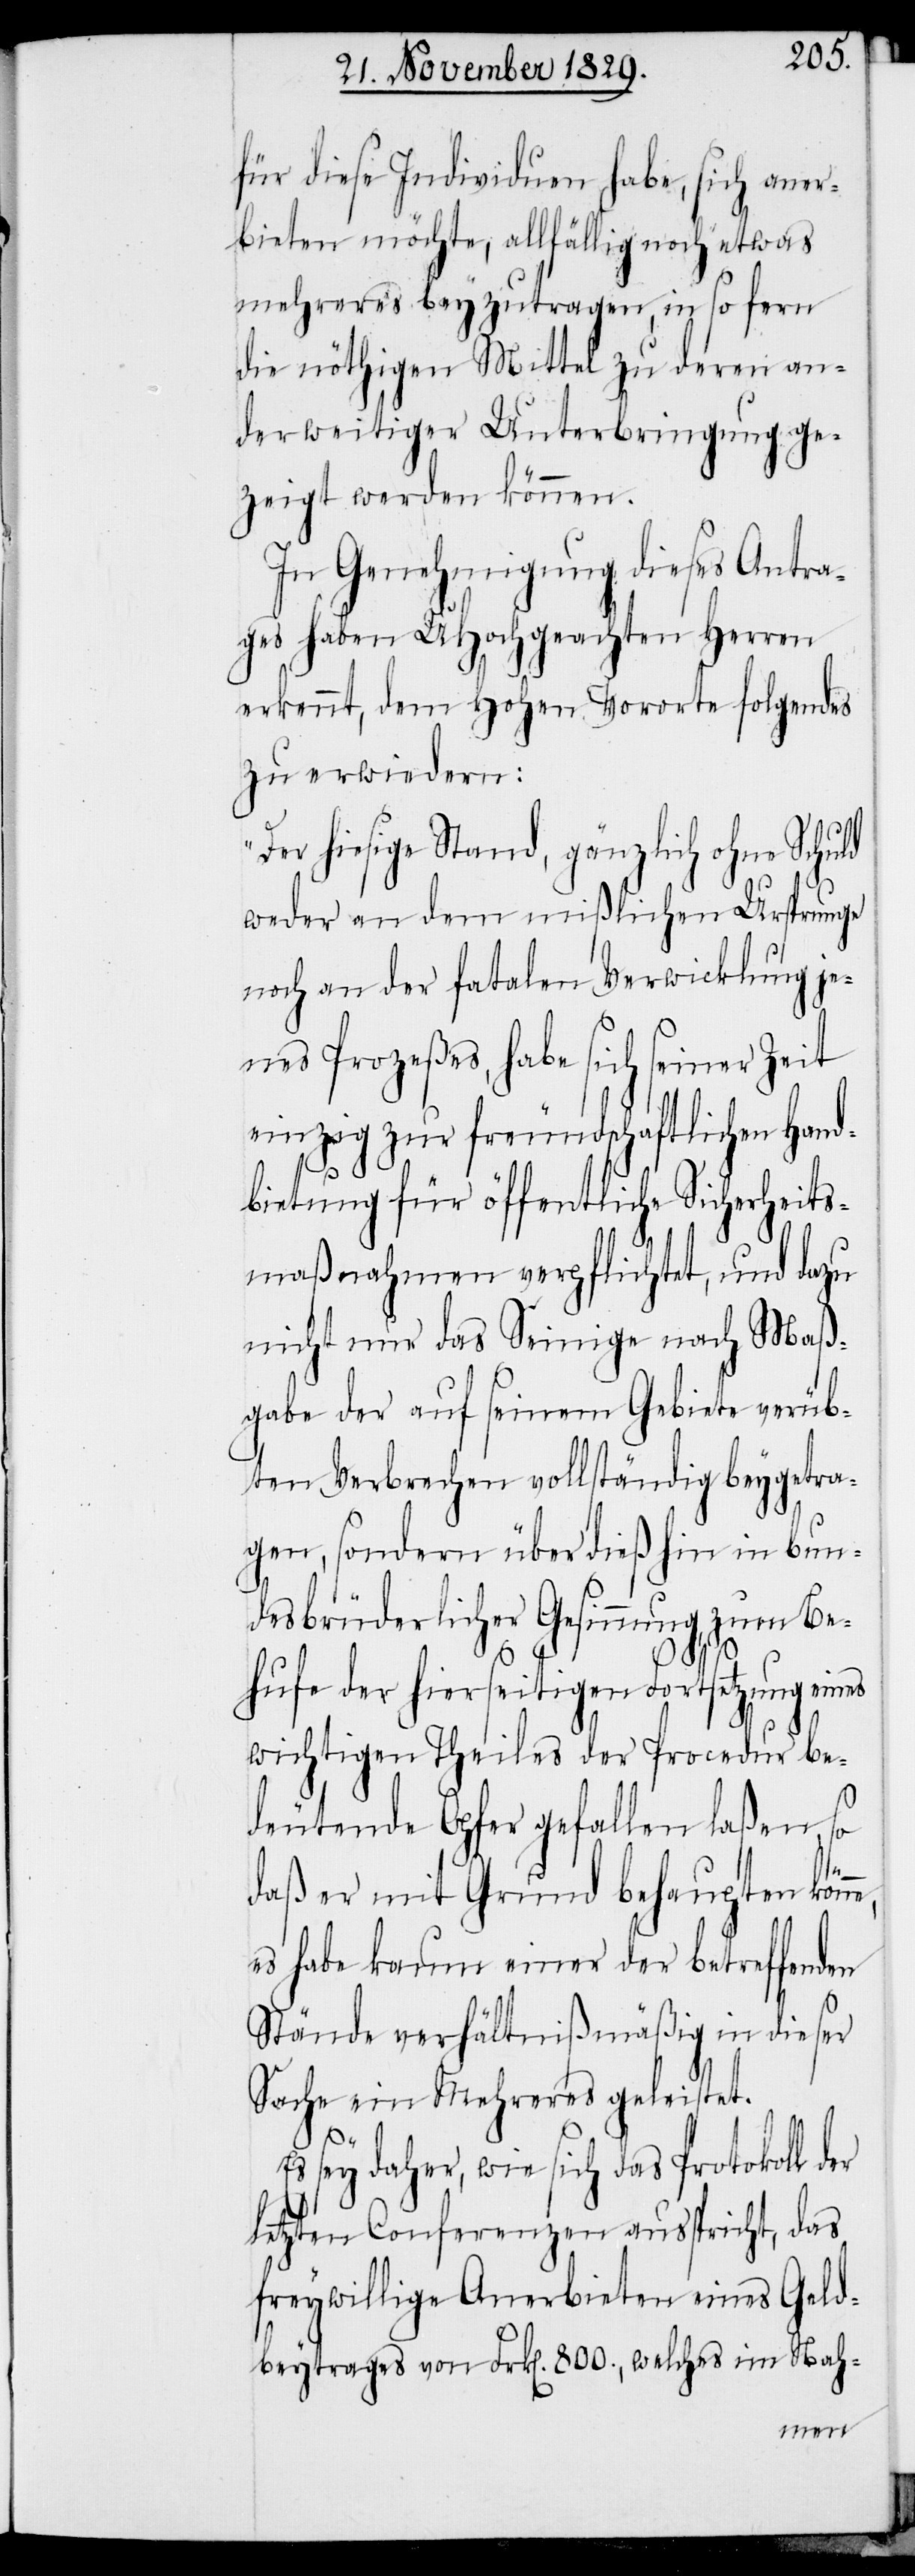
für diese Individuen habe, sich aner¬
bieten möchte, allfällig noch etwas
mehreres beyzutragen, in so fern
die nöthigen Mittel zu deren an¬
derweitiger Unterbringung ge¬
zeigt werden können.
In Genehmigung dieses Antra¬
ges haben UHochgeachten Herren
erkennt, dem Hohen Vororte folgendes
zu erwiedern:
„Der hiesige Stand, gänzlich ohne Schuld
weder an dem mißlichen Ursprunge
noch an der fatalen Verwicklung je¬
nes Prozeßes, habe sich seiner Zeit
einzig zur freundschaftlichen Hand¬
bietung für öffentliche Sicherheits¬
maßnahmen verpflichtet, und dazu
nicht nur das Seinige nach Maß¬
gabe der auf seinem Gebiete verüb¬
ten Verbrechen vollständig beygetra¬
gen, sondern überdieß hin in bun¬
desbrüderlicher Gesinnung, zum Be¬
hufe der hierseitigen Fortsetzung ei¬
wichtigen Theiles der Procedur be¬
deutende Opfer gefallen laßen, so
daß er mit Grund behaupten kön¬
es habe kaum einer der betreffenden
Stände verhältnißmäßig in dieser
Sache ein Mehreres geleistet.
sey daher, wie sich das Protokoll der
letzten Conferenzen ausspricht, das
freywillige Anerbieten eines Geld¬
beytrages von Frk[en]. 800., welches im Nah-
ne,